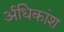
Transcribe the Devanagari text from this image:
र्अधिकांश